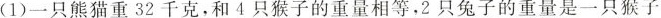
(1)一只熊猫重32千克，和4只猴子的重量相等，2只兔子的重量是一只猴子